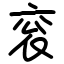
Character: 衮